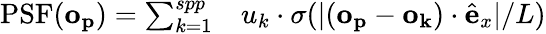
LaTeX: \begin{array}{rl}{\mathrm{PSF}(\mathbf{o_{p}})=\sum_{k=1}^{spp}}&{{}u_{k}\cdot\sigma(|(\mathbf{o_{p}}-\mathbf{o_{k}})\cdot\hat{\mathbf{e}}_{x}|/L)}\end{array}